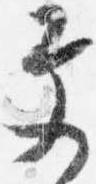
文